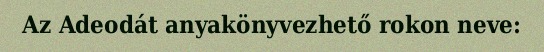
Az Adeodát anyakönyvezhető rokon neve: